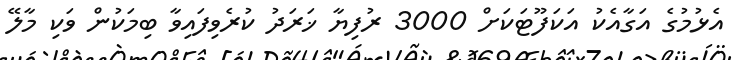
އެޅުމުގެ އަގާއެކު އަކަފޫޓަކަށް 3000 ރުފިޔާ ޚަރަދު ކުރެވިފައިވާ ބިމަކުން ވަކި މާލޭ